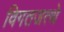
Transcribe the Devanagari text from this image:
विगतजत्थे